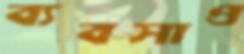
ব্যবসাও